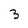
Character: 3